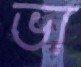
ভা